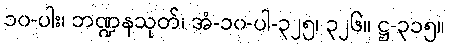
၁၀-ပါး၊ ဘဏ္ဍနသုတ်၊ အံ-၁၀-ပါ-၃၂၅၊ ၃၂၆။ ဋ္ဌ-၃၁၅။